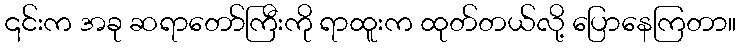
၎င်းက အခု ဆရာတော်ကြီးကို ရာထူးက ထုတ်တယ်လို့ ပြောနေကြတာ။